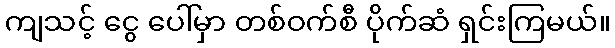
ကျသင့် ငွေ ပေါ်မှာ တစ်ဝက်စီ ပိုက်ဆံ ရှင်းကြမယ်။